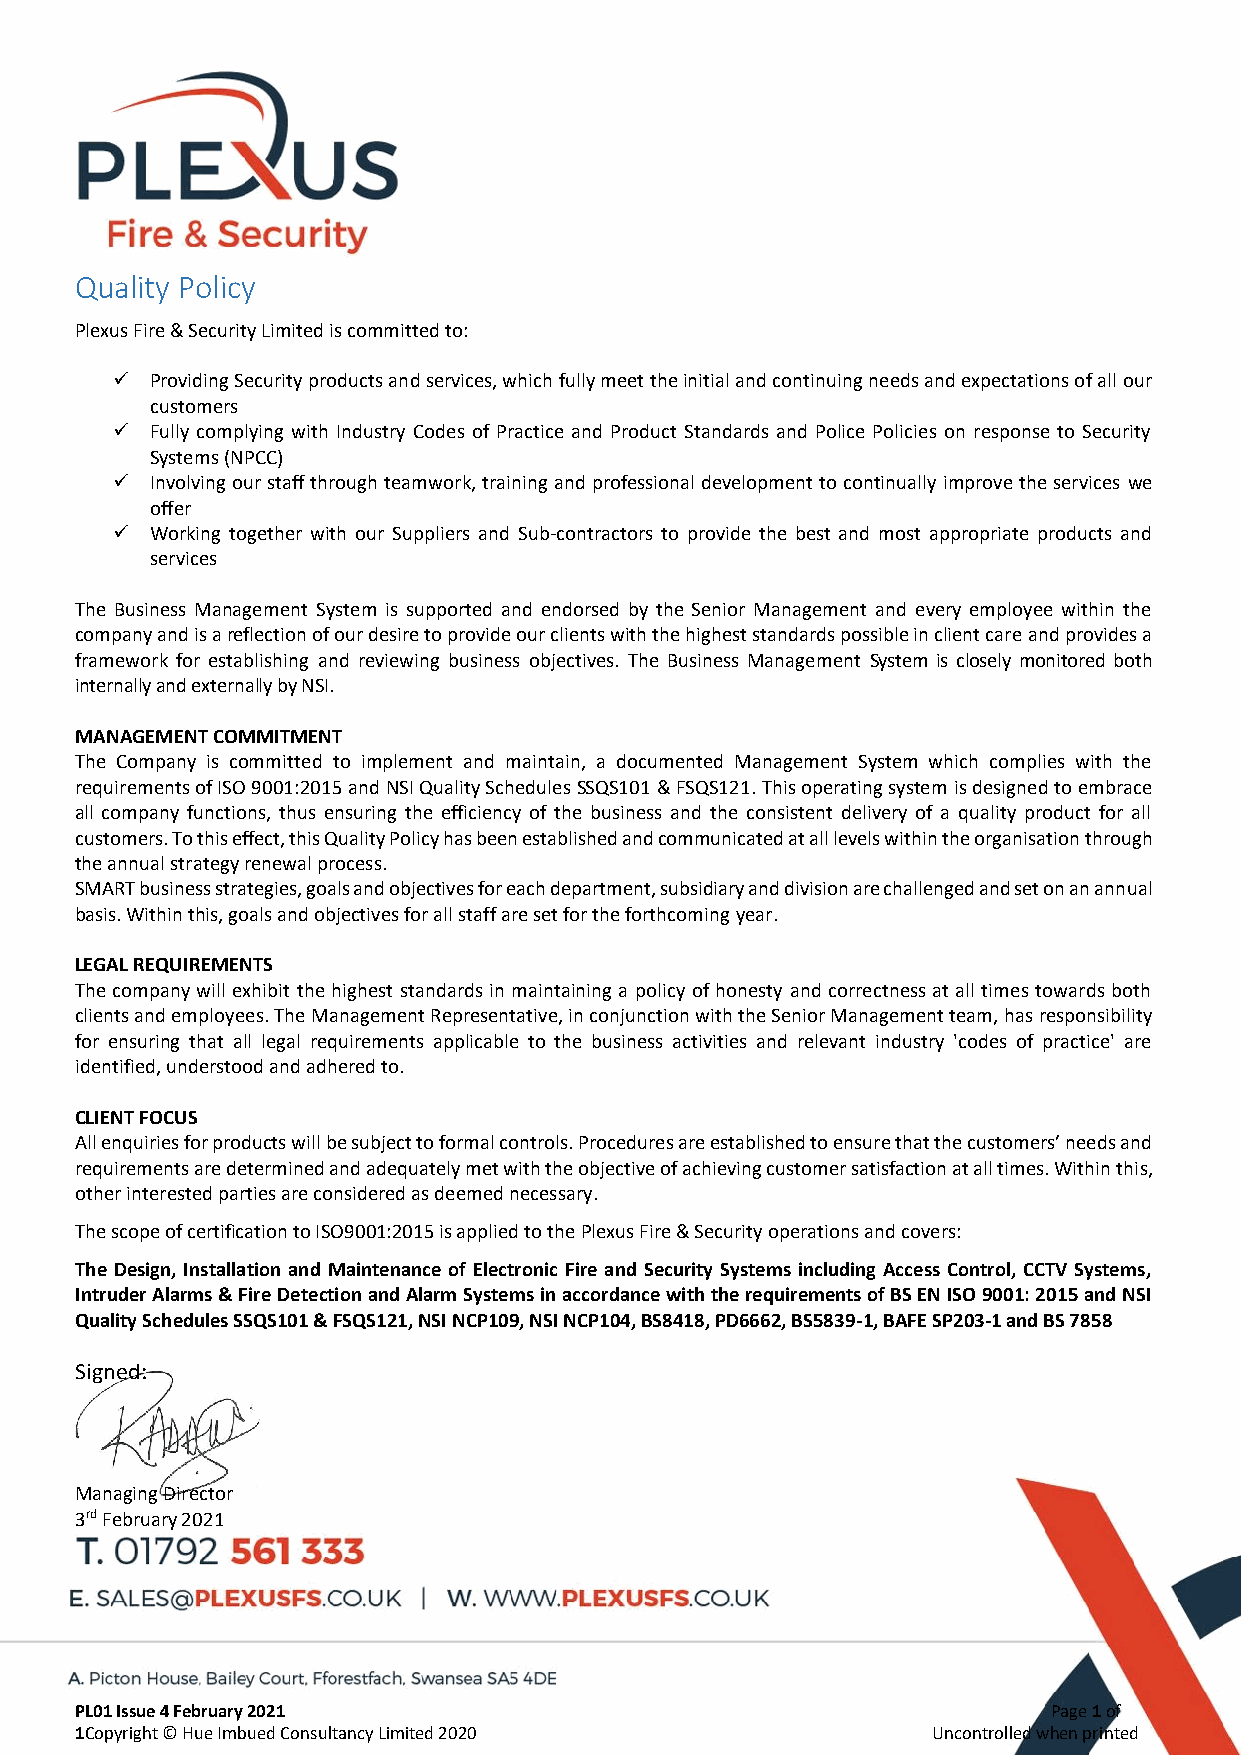
Quality Policy
 Plexus Fire & Security Limited is committed to:
   Providing Security products and services, which fully meet the initial and continuing needs and expectations of all our
 customers
   Fully complying with Industry Codes of Practice and Product Standards and Police Policies on response to Security
 Systems (NPCC)
   Involving our staff through teamwork, training and professional development to continually improve the services we
 offer
   Working together with our Suppliers and Sub-contractors to provide the best and most appropriate products and
 services
 The Business Management System is supported and endorsed by the Senior Management and every employee within the
 company and is a reflection of our desire to provide our clients with the highest standards possible in client care and provides a
 framework for establishing and reviewing business objectives. The Business Management System is closely monitored both
 internally and externally by NSI.
 MANAGEMENT COMMITMENT
 The Company is committed to implement and maintain, a documented Management System which complies with the
 requirements of ISO 9001:2015 and NSI Quality Schedules SSQS101 & FSQS121. This operating system is designed to embrace
 all company functions, thus ensuring the efficiency of the business and the consistent delivery of a quality product for all
 customers. To this effect, this Quality Policy has been established and communicated at all levels within the organisation through
 the annual strategy renewal process.
 SMART business strategies, goals and objectives for each department, subsidiary and division are challenged and set on an annual
 basis. Within this, goals and objectives for all staff are set for the forthcoming year.
 LEGAL REQUIREMENTS
 The company will exhibit the highest standards in maintaining a policy of honesty and correctness at all times towards both
 clients and employees. The Management Representative, in conjunction with the Senior Management team, has responsibility
 for ensuring that all legal requirements applicable to the business activities and relevant industry 'codes of practice' are
 identified, understood and adhered to.
 CLIENT FOCUS
 All enquiries for products will be subject to formal controls. Procedures are established to ensure that the customers’ needs and
 requirements are determined and adequately met with the objective of achieving customer satisfaction at all times. Within this,
 other interested parties are considered as deemed necessary.
 The scope of certification to ISO9001:2015 is applied to the Plexus Fire & Security operations and covers:
 The Design, Installation and Maintenance of Electronic Fire and Security Systems including Access Control, CCTV Systems,
 Intruder Alarms & Fire Detection and Alarm Systems in accordance with the requirements of BS EN ISO 9001: 2015 and NSI
 Quality Schedules SSQS101 & FSQS121, NSI NCP109, NSI NCP104, BS8418, PD6662, BS5839-1, BAFE SP203-1 and BS 7858
 Signed:
 Managing Director
 3rd February 2021
 PL01 Issue 4 February 2021                                       Page 1 of
 1Copyright © Hue Imbued Consultancy Limited 2020         Uncontrolled when printed